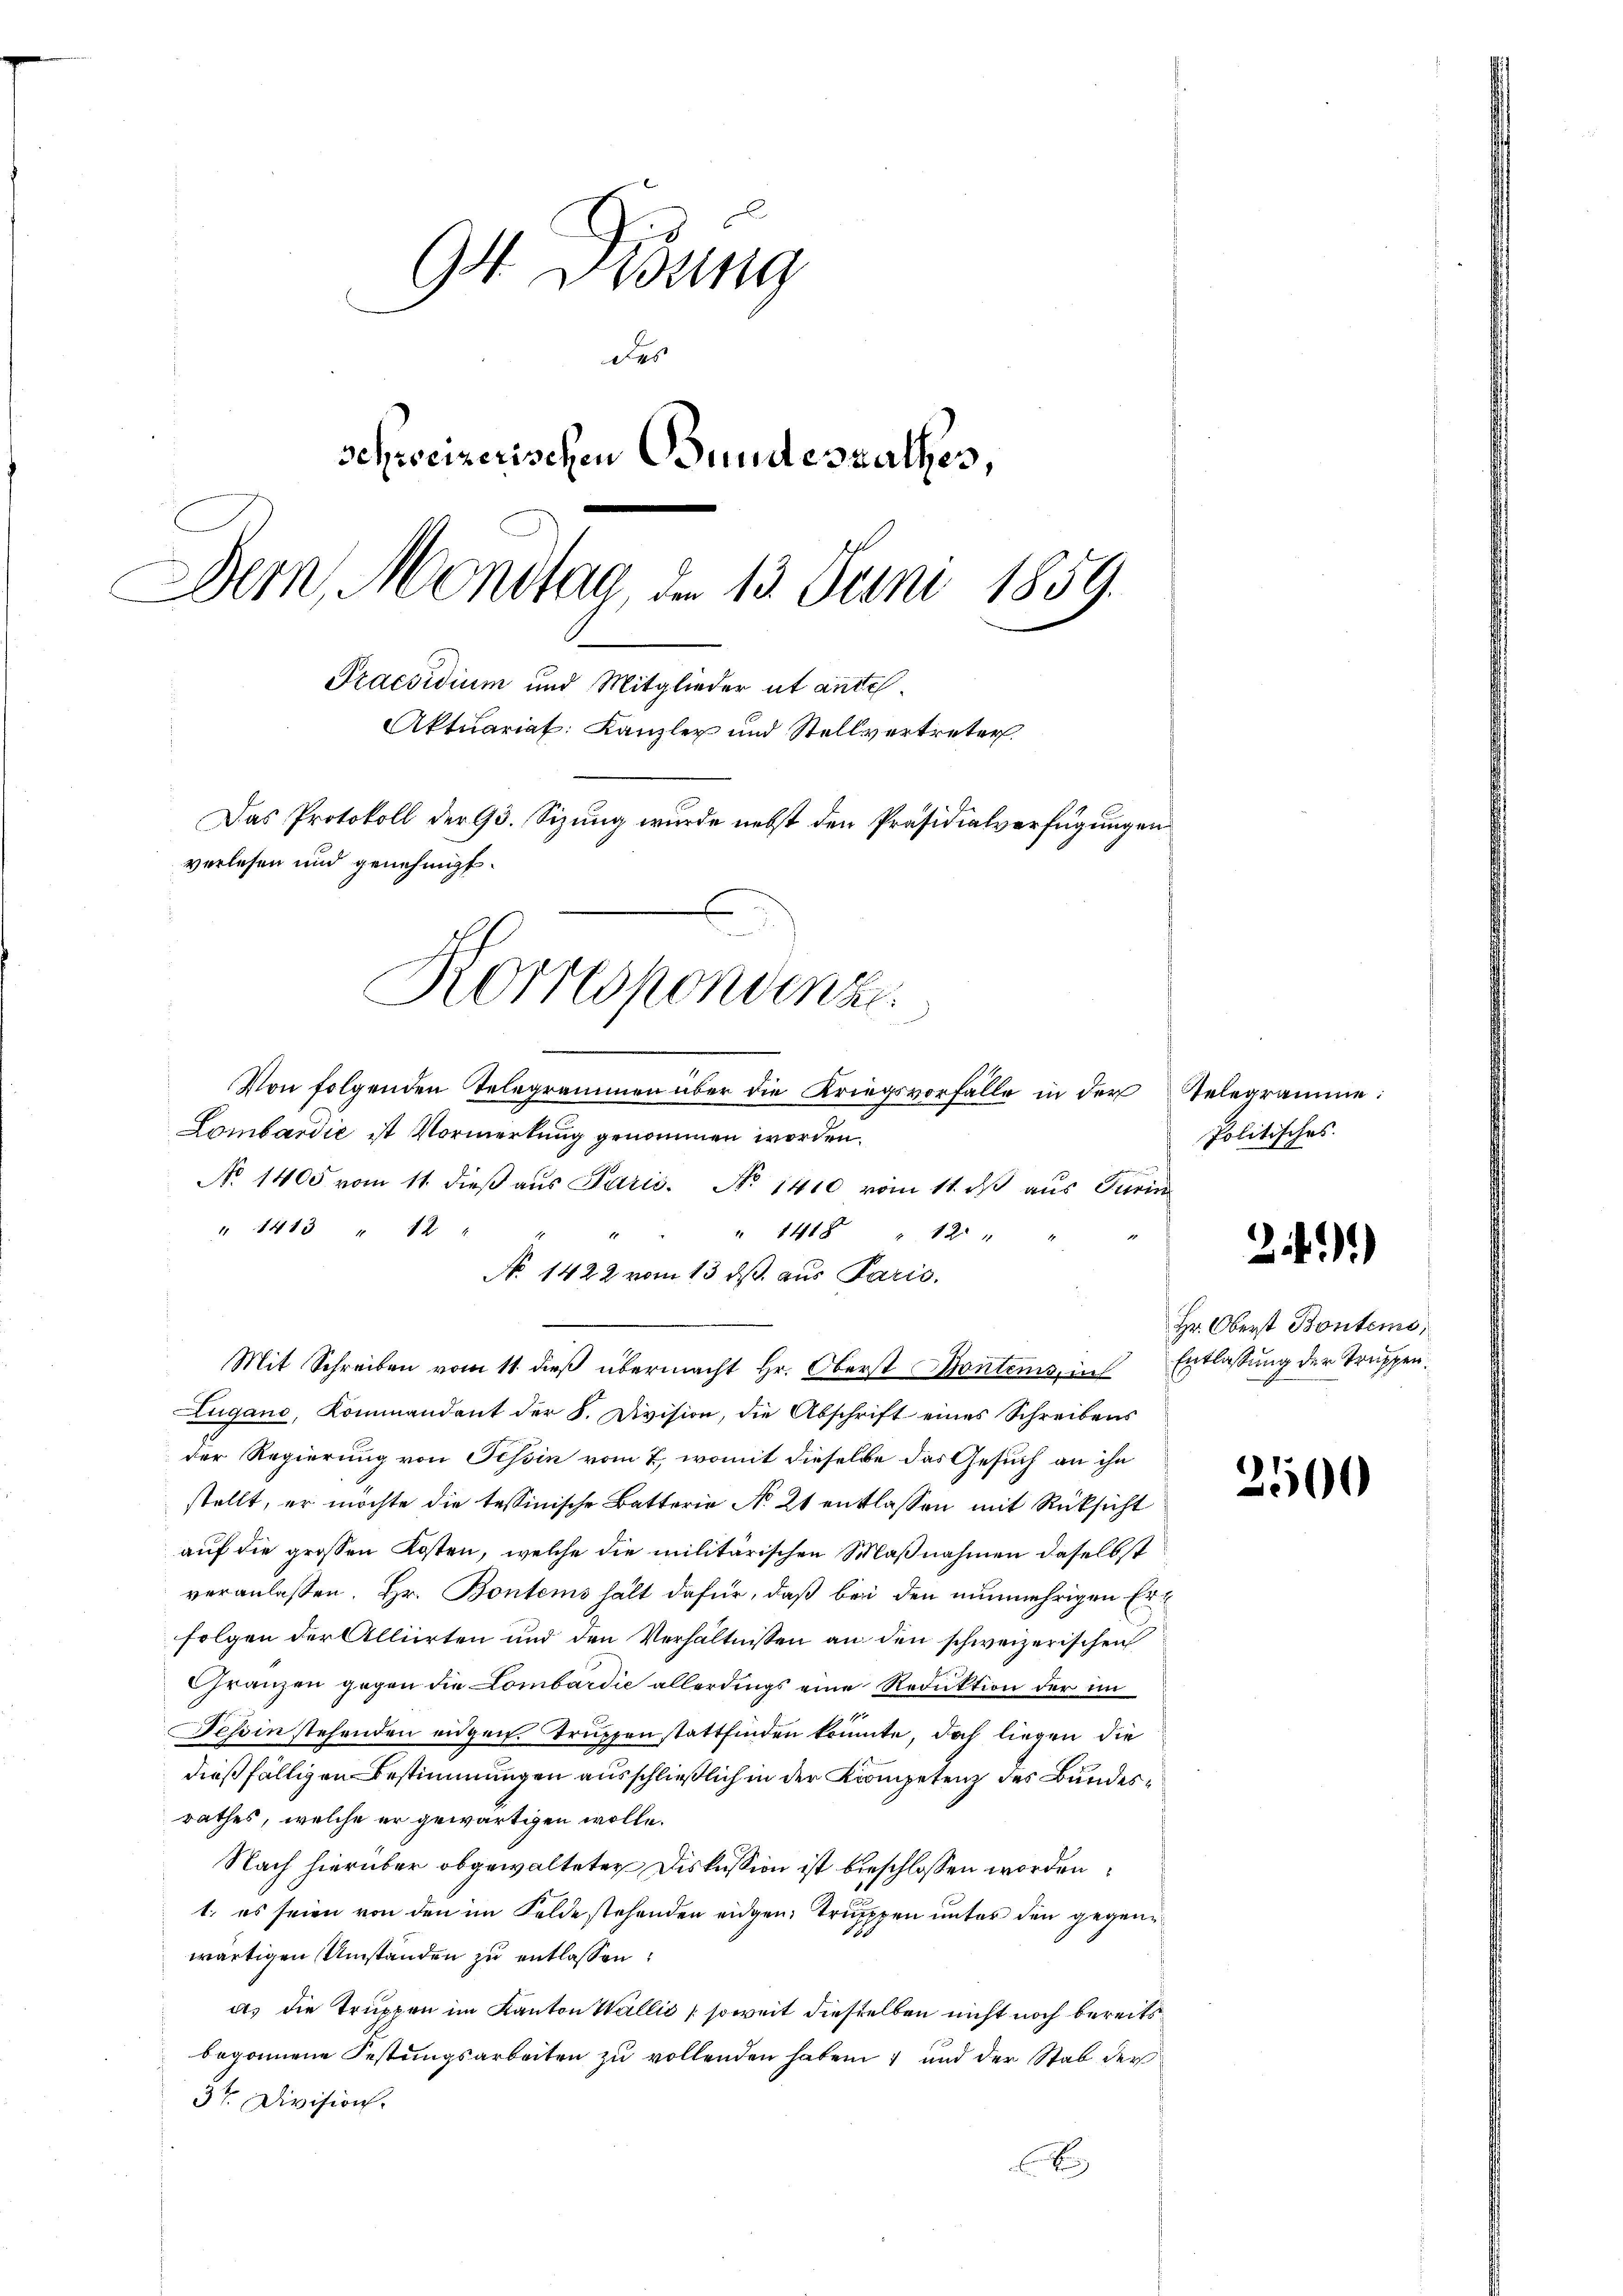
94 Didung
des
schweizerischen Bundesrathes,
Dern, Montag, den 13. Juni 1859.
Praesidium und Mitglieder ut antel
Aktuariat Kanzler und Stellvertreter
Das Protokoll der 93. Sizung wurde nebst den Präsidialverfügungen
verlesen und genehmigt.
Korrespondenz

Von folgenden Telegrammen über die Kriegsvorfalle in der
Lombardić ist Vormerkung genommen worden.
No 1405 vom 11. dieβ aŭs Paris. No 1410 vom 11. dβ aŭs Turin
" 1413 " 12 "
" " " 1418. 1214
No 1422 vom 13. ds. aus Paris.
Mit Schreiben vom 11. dieß übermacht Hr. Oberst Fontems, in Entlassung der Truppen¬
Lugano, Kommandant der 8. Division, die Abschrift eines Schreibens
der Regierung von Tessin vom 7. womit dieselbe das Gesuch an ihn
stellt, er möchte die tessinische Batterie No. 21 entlassen mit Rücksicht
auf die grossen Kosten, welche die militärischen Maßnahmen daselbst
veranlaßen. Hr. Bontems hält dafür, daß bei den nunmehrigen Erfolgen der Alliirten und den Verhältnissen an den schweizerischen
Franzen gegen die Lombardie allerdings eine Reduktion der im
Tessin stehenden eidgen. Truppen stattfinden könnte, doch liegen die
dießfälligen Bestimmungen ausschließlich in der Kompetenz des Bundesrathes, welche er gewärtigen wolle.
Nach hierüber obgewalteter Diskussion ist beschlossen worden
1. es seien von den im Feldestehenden eidgen. Truppen unter den gegenwärtigen Umständen zu entlassen,
dt. die Truppen im Kanton Wallis (soweit dieselben nicht noch bereits
begonnene Festungsarbeiten zu vollenden haben und der Stab der
3te Division.
C

Telegramme:
Politisches.

21)

Hr. Oberst Bontems,

2500